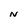
Character: N